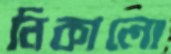
নিকালো